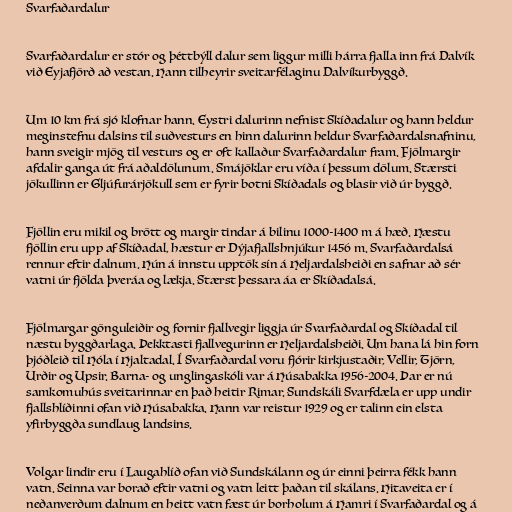
Svarfaðardalur

Svarfaðardalur er stór og þéttbýll dalur sem liggur milli hárra fjalla inn frá Dalvík
við Eyjafjörð að vestan. Hann tilheyrir sveitarfélaginu Dalvíkurbyggð.

Um 10 km frá sjó klofnar hann. Eystri dalurinn nefnist Skíðadalur og hann heldur
meginstefnu dalsins til suðvesturs en hinn dalurinn heldur Svarfaðardalsnafninu,
hann sveigir mjög til vesturs og er oft kallaður Svarfaðardalur fram. Fjölmargir
afdalir ganga út frá aðaldölunum. Smájöklar eru víða í þessum dölum. Stærsti
jökullinn er Gljúfurárjökull sem er fyrir botni Skíðadals og blasir við úr byggð.

Fjöllin eru mikil og brött og margir tindar á bilinu 1000-1400 m á hæð. Hæstu
fjöllin eru upp af Skíðadal, hæstur er Dýjafjallshnjúkur 1456 m. Svarfaðardalsá
rennur eftir dalnum. Hún á innstu upptök sín á Heljardalsheiði en safnar að sér
vatni úr fjölda þveráa og lækja. Stærst þessara áa er Skíðadalsá.

Fjölmargar gönguleiðir og fornir fjallvegir liggja úr Svarfaðardal og Skíðadal til
næstu byggðarlaga. Þekktasti fjallvegurinn er Heljardalsheiði. Um hana lá hin forn
þjóðleið til Hóla í Hjaltadal. Í Svarfaðardal voru fjórir kirkjustaðir, Vellir, Tjörn,
Urðir og Upsir. Barna- og unglingaskóli var á Húsabakka 1956-2004. Þar er nú
samkomuhús sveitarinnar en það heitir Rimar. Sundskáli Svarfdæla er upp undir
fjallshlíðinni ofan við Húsabakka. Hann var reistur 1929 og er talinn ein elsta
yfirbyggða sundlaug landsins.

Volgar lindir eru í Laugahlíð ofan við Sundskálann og úr einni þeirra fékk hann
vatn. Seinna var borað eftir vatni og vatn leitt þaðan til skálans. Hitaveita er í
neðanverðum dalnum en heitt vatn fæst úr borholum á Hamri í Svarfaðardal og á